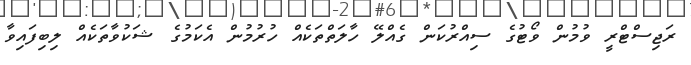
ރަޖިސްޓްރީ ވުމުން ވޯޓުގެ ސިއްރުކަން ގެއްލޭ ހާލަތްތަކެއް ހުރުމުން އެކަމުގެ ޝަކުވާތަކެއް ލިބިފައިވާ